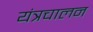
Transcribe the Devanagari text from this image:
यंत्रचालन